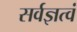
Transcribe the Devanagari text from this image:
सर्वज्ञत्वं